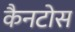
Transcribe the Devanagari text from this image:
कैनटोस